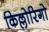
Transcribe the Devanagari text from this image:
किल्लोरिगो